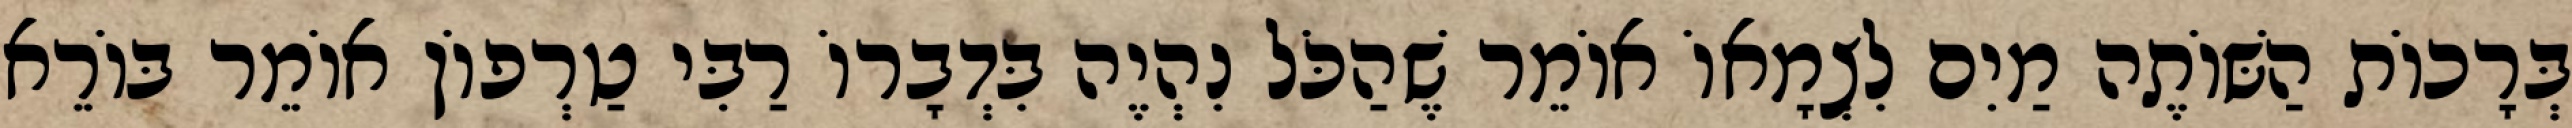
בְּרָכוֹת הַשּׁוֹתֶה מַיִם לִצְמָאוֹ אוֹמֵר שֶׁהַכֹּל נִהְיֶה בִּדְבָרוֹ רַבִּי טַרְפוֹן אוֹמֵר בּוֹרֵא